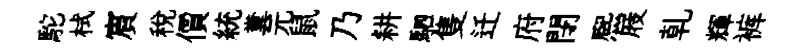
駝栻賔稅價統糞元鼠乃耕駟隻迁府閉熈屐乹輝裤